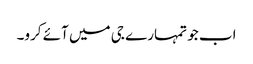
اب جو تمہارے جی میں آئے کرو۔